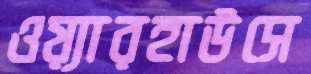
ওয়্যারহাউসে